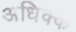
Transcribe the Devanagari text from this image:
अधिक्क